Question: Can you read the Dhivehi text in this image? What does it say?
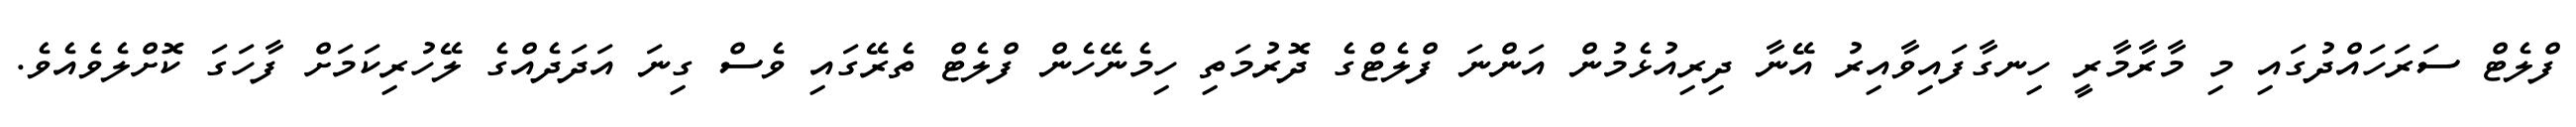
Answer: ފްލެޓް ސަރަހައްދުގައި މި މާރާމާރީ ހިނގާފައިވާއިރު އޭނާ ދިރިއުޅެމުން އަންނަ ފްލެޓްގެ ދޮރުމަތި ހިމެނޭހެން ފްލެޓް ތެރޭގައި ވެސް ގިނަ އަދަދެއްގެ ލޭހުރިކަމަށް ފާހަގަ ކޮށްލެވެއެވެ.